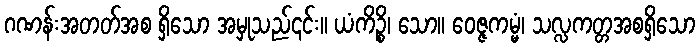
ဂဏန်းအတတ်အစ ရှိသော အမှုသည်၎င်း။ ယံကိဉ္စိ၊ သော။ ဝေဇ္ဇကမ္မံ၊ သလ္လကတ္တအစရှိသော